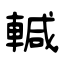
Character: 輱